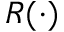
R ( \cdot )